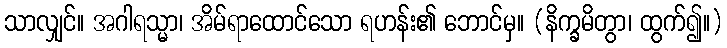
သာလျှင်။ အဂါရသ္မာ၊ အိမ်ရာထောင်သော ရဟန်း၏ ဘောင်မှ။ (နိက္ခမိတွာ၊ ထွက်၍။)